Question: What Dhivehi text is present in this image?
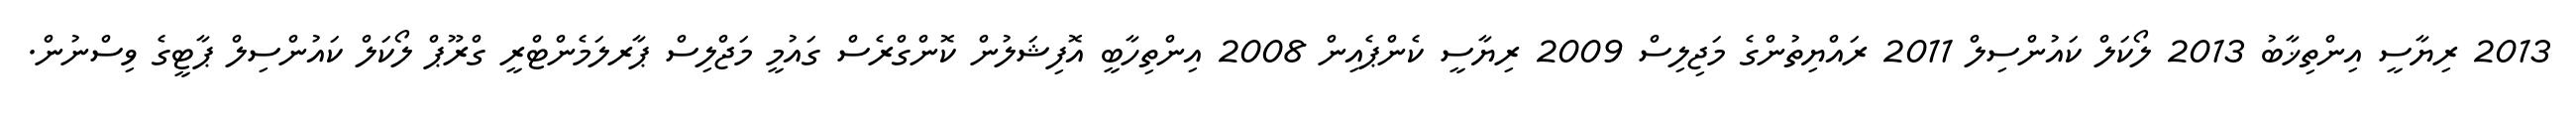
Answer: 2013 ރިޔާސީ އިންތިޚާބު 2013 ލޯކަލް ކައުންސިލް 2011 ރައްޔިތުންގެ މަޖިލިސް 2009 ރިޔާސީ ކެންޕެއިން 2008 އިންތިހާބީ އޮފިޝަލުން ކޮންގްރެސް ގައުމީ މަޖްލިސް ޕާރލަމެންޓްރީ ގްރޫޕް ލޯކަލް ކައުންސިލް ޕާޓީގެ ވިސްނުން.